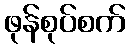
ဖုန်စုပ်စက်